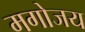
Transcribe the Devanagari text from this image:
मगोजय